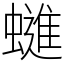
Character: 䗯